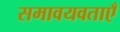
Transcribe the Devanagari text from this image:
समावयवताएँ